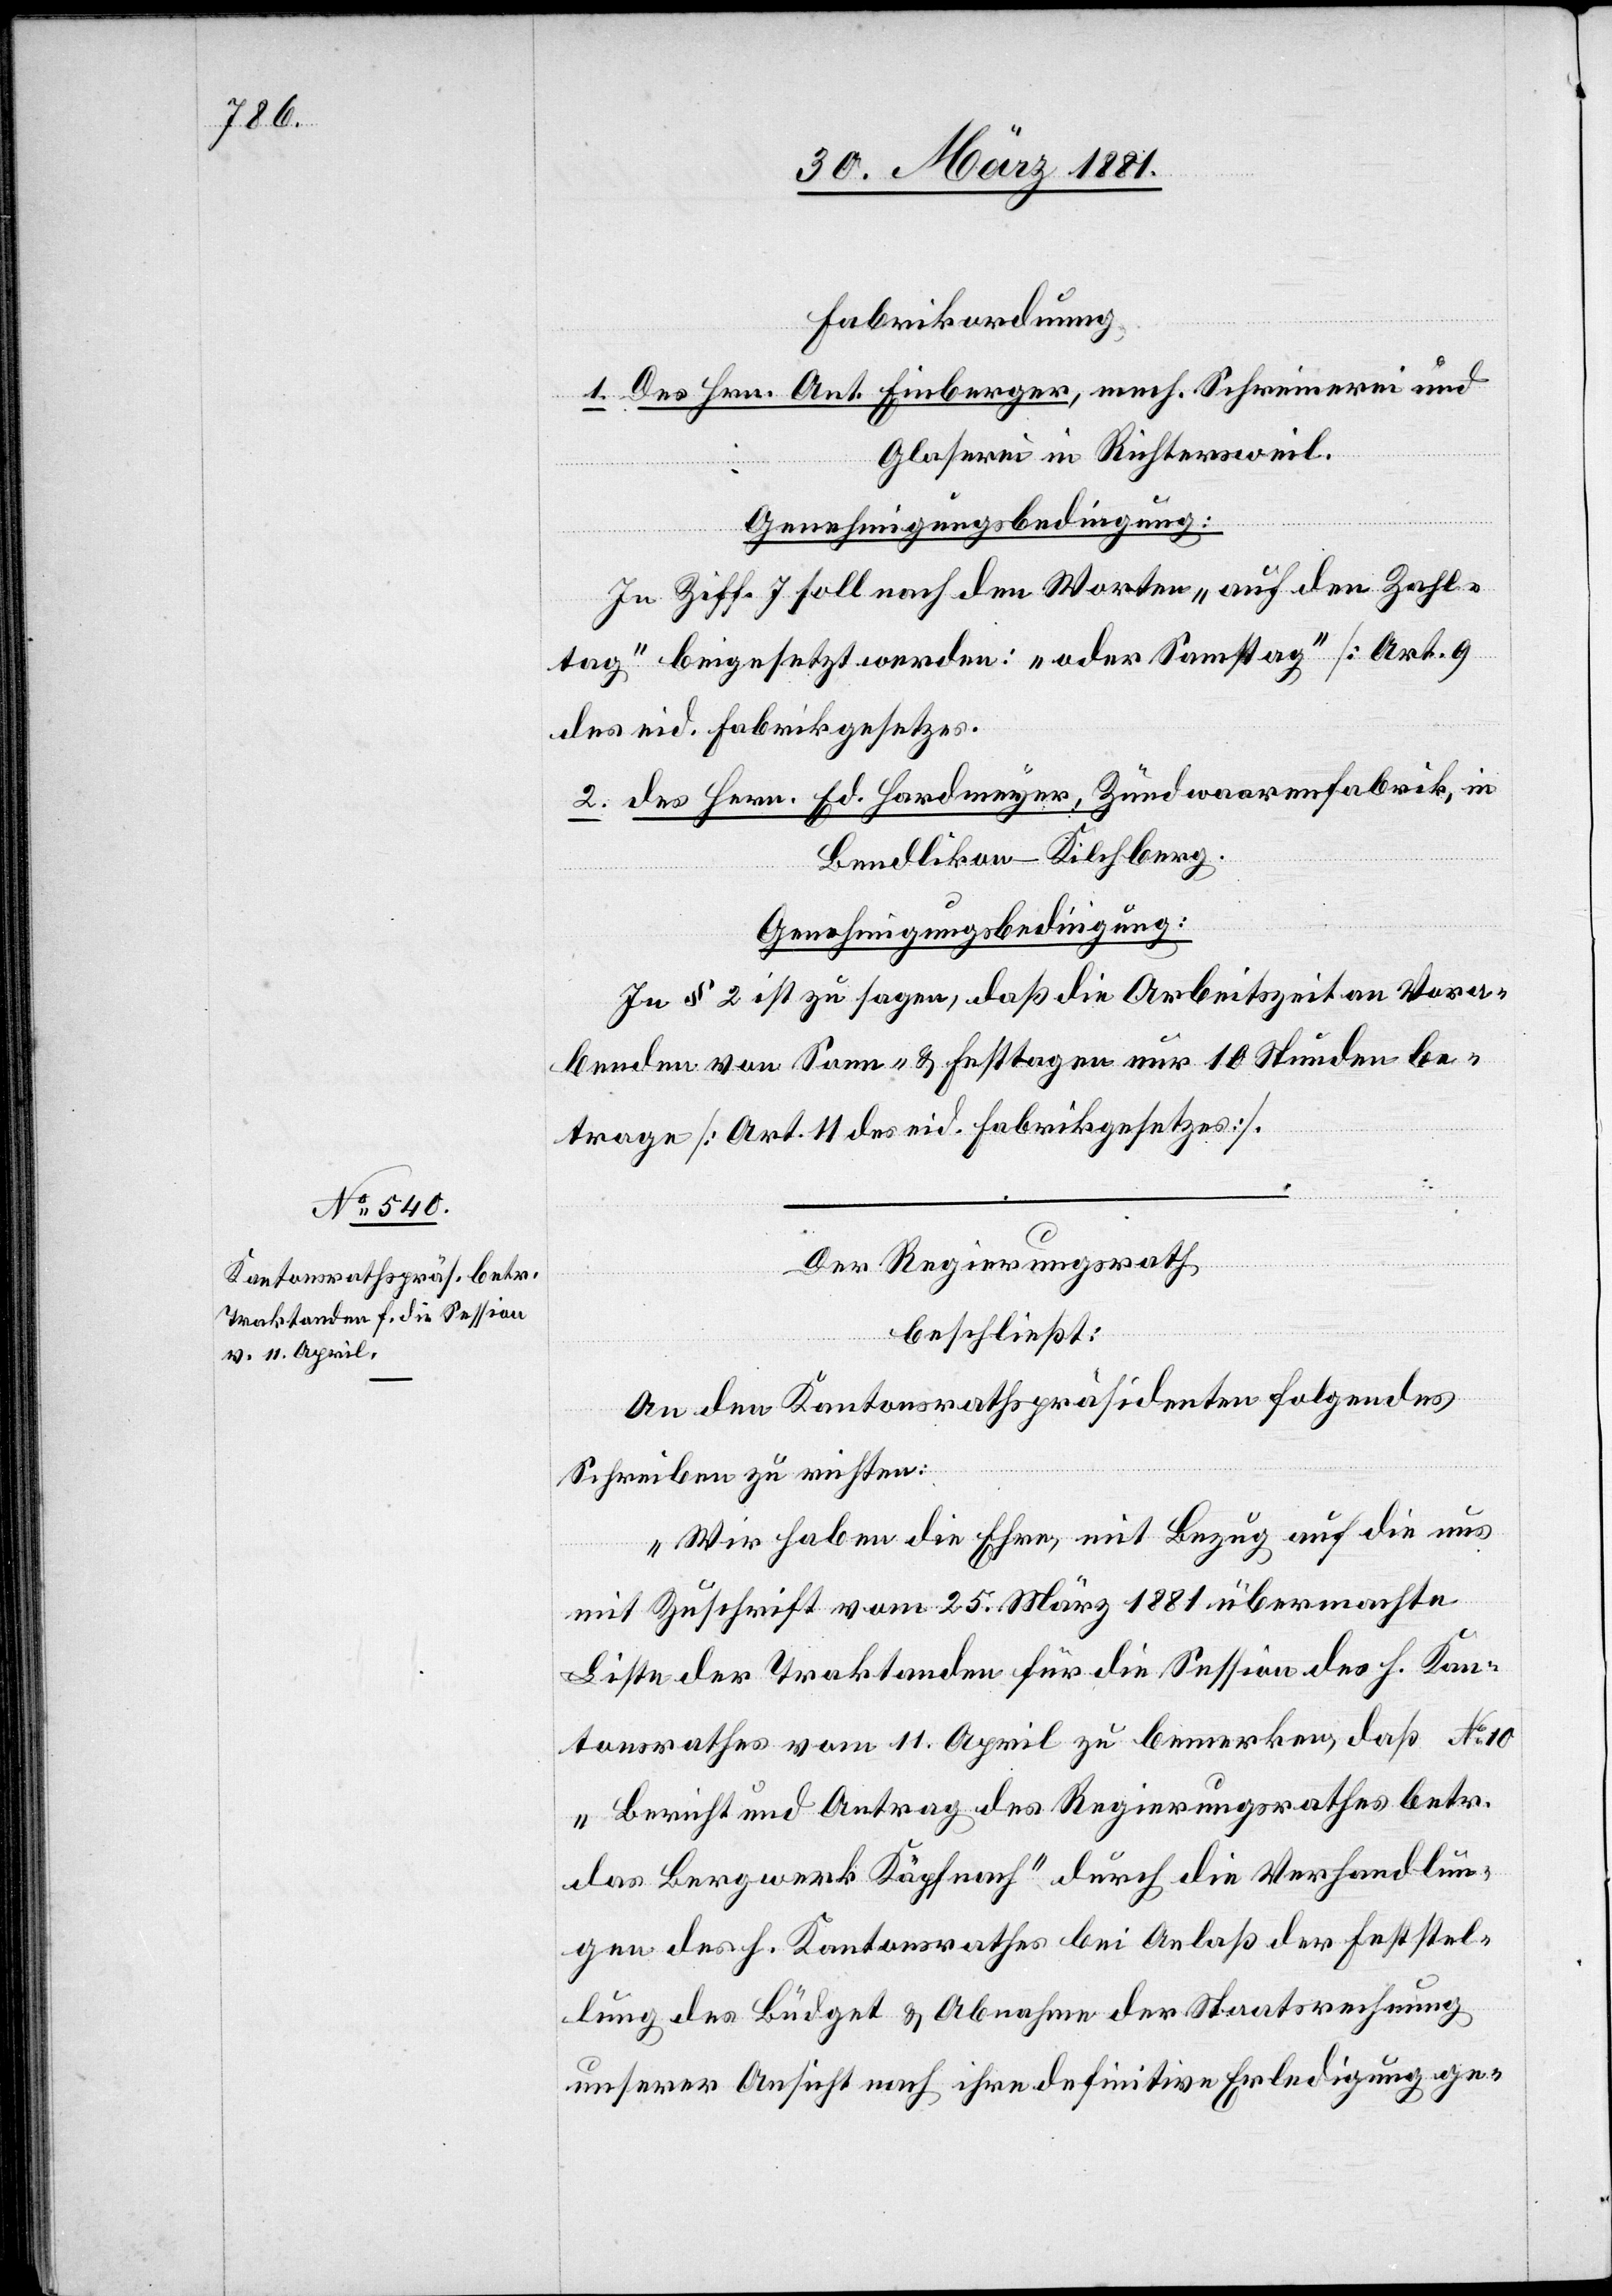
Fabrikordnung.
1. Des Hrn. Ant. Einberger, mech. Schreinerei und
Glaserei in Richtersweil.
in
Genehmigungsbedingung:
In Ziff. 7 soll nach den Worten „auf den Zahl¬
tag“ beigesetzt werden: „oder Samstag“ [Art. 9
des eid. Fabrikgesetzes].
Bendlikon - Kilchberg.
Ed.
Genehmigungsbedingung:
In § 2 ist zu sagen, daß die Arbeitszeit an Vora¬
benden von Sonn- & Festtagen nur 10 Stunden be¬
trage [Art. 11 des eid. Fabrikgesetzes].
Der Regierungsrath
beschließt:
An den Kantonsrathspräsidenten folgendes
Schreiben zu richten:
„Wir haben die Ehre, mit Bezug auf die uns
mit Zuschrift vom 25. März 1881 übermachte
Liste der Traktanden für die Session des h. Kan¬
tonsrathes vom 11. April zu bemerken, daß No 10
„Bericht und Antrag des Regierungsrathes betr.
das Bergwerk Käpfnach“ durch die Verhandlun¬
gen des h. Kantonsrathes bei Anlaß der Feststel¬
lung des Büdget & Abnahme der Staatsrechnung
unserer Ansicht nach ihre definitive Erledigung ge-